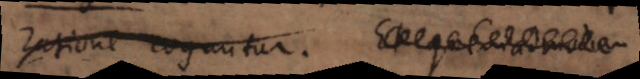
ratione coguntur. Et